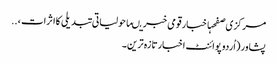
مرکزی صفحہاخبارقومی خبریںماحولیاتی تبدیلی کاا ثرات ، ..
پشاور (اُردو پوائنٹ اخبارتازہ ترین۔